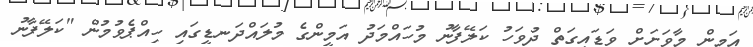
އަމީން މާވަށަށް ވަޑައިގަތް ދުވަހު ކަލޭފާނު މުހައްމަދު އަމީންގެ މުލައްދަނޑީގައި ހިއްޕެވުމުން "ކަލޭފާނު